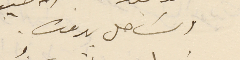
وسَاحل بىروت.